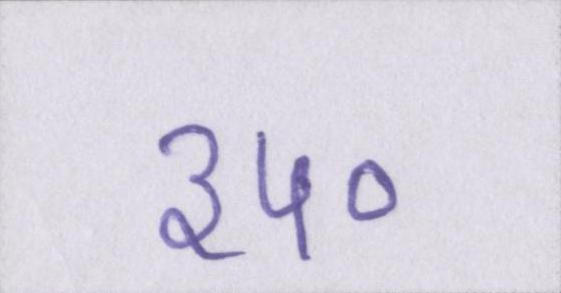
३५०